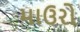
માઉરો